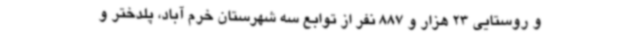
و روستایی 23 هزار و 887 نفر از توابع سه شهرستان خرم آباد، پلدختر و